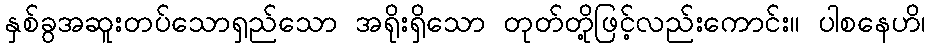
နှစ်ခွအဆူးတပ်သောရှည်သော အရိုးရှိသော တုတ်တို့ဖြင့်လည်းကောင်း။ ပါစနေဟိ၊